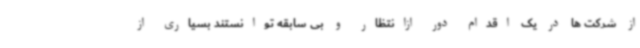
از شرکت ها در یک اقدام دور ازانتظار و بی سابقه توانستند بسیاری از